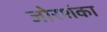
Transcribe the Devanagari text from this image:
जोरशंका